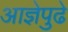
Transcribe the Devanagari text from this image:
आज्ञेपुढे